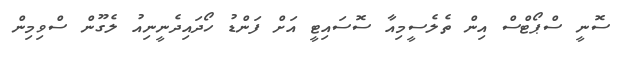
ސޮނީ ސްޕޯޓްސް އިން ތެލެސީމިއާ ސޮސައިޓީ އަށް ފަންޑު ހޯދައިދެނީނިއު ލެގޫން ސްވިމިން